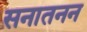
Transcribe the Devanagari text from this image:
सनातनन